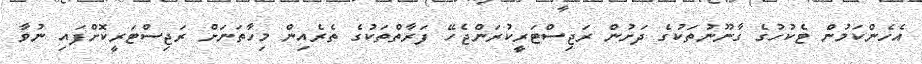
އެހެންކަމުން ޓެކުހުގެ ގާނޫނުތަކުގެ ދަށުން ރަޖިސްޓަރީކުރަންޖެހޭ ފަރާތްތަކުގެ ތެރެއިން މިހާތަނަށް ރަޖިސްޓަރީކޮށްފައި ނުވާ